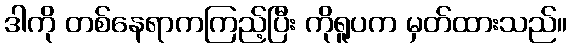
ဒါကို တစ်နေရာကကြည့်ပြီး ကိုရူပက မှတ်ထားသည်။